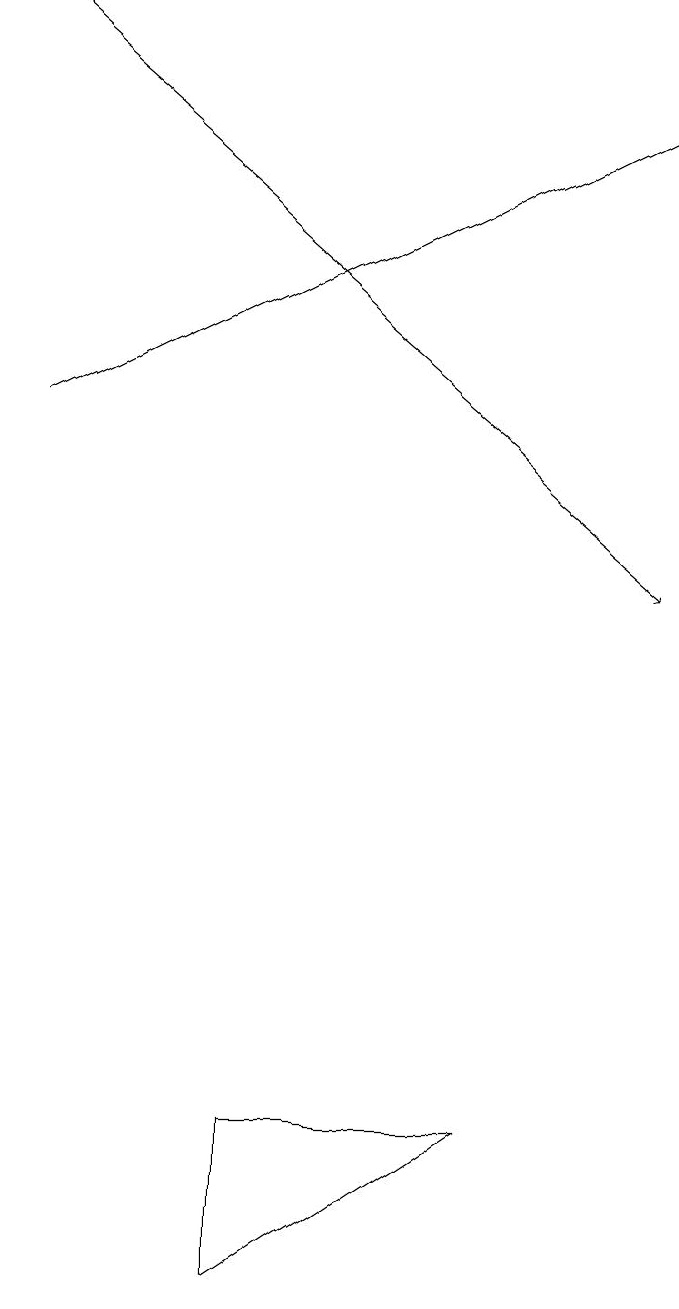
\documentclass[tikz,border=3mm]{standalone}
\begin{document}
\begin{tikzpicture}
\draw (4,5) -- (4,3) -- (7,5) -- cycle;
\draw[->] (1,19) -- (9,12);
\draw[->] (1,14) -- (9,18);
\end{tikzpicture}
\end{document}